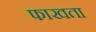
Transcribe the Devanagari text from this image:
फाखता